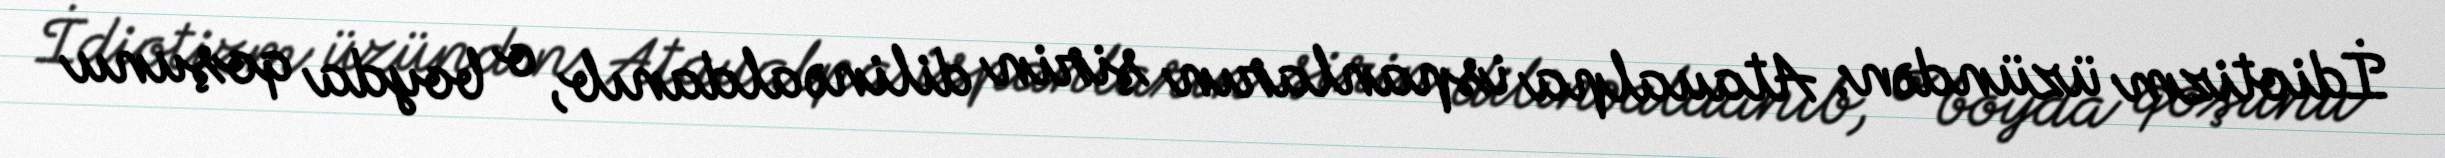
İdiotizm üzündən: Ataualpa ispanların şirin dilinə aldanıb, o boyda qoşunu